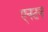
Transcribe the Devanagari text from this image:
एनटन